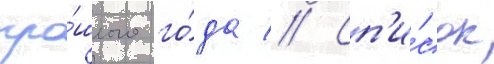
про́шлого го́да // Сп'и́сок